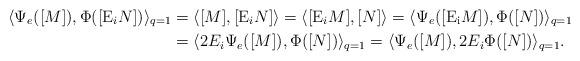
LaTeX: \begin{align*}\langle\Psi_e([M]), \Phi([{\rm E}_i N])\rangle_{q=1}&=\langle[M],[{\rm E}_iN]\rangle = \langle [{\rm E}_iM],[N]\rangle = \langle\Psi_e([{\rm E_i}M]),\Phi([N])\rangle_{q=1}\\&= \langle2 E_i\Psi_e([M]),\Phi([N])\rangle_{q=1} = \langle\Psi_e([M]),2 E_i\Phi([N])\rangle_{q=1}.\end{align*}